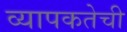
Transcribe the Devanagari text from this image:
व्यापकतेची